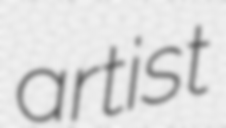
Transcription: artist